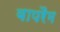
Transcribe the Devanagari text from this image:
वापरैम